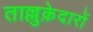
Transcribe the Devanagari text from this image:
ताल्लुक़ेदारों